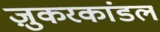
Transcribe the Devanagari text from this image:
ज़ुकरकांडल